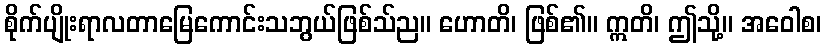
စိုက်ပျိုးရာလတာမြေကောင်းသဘွယ်ဖြစ်သ်ည။ ဟောတိ၊ ဖြစ်၏။ ဣတိ၊ ဤသို့။ အဝေါစ၊